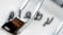
لإطعام